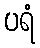
ပရံ